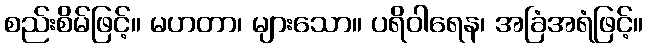
စည်းစိမ်ဖြင့်။ မဟတာ၊ များသော။ ပရိဝါရေန၊ အခြံအရံဖြင့်။